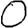
Digit: 0